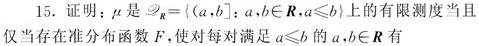
15. 证明：$\mu$ 是 $\mathscr{B}_{\mathbb{R}}=\{[a,b]:a,b\in\mathbb{R},a\leq b\}$ 上的有限测度当且仅当存在分布函数 $F$，使对每对满足 $a\leq b$ 的 $a,b\in\mathbb{R}$ 有